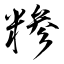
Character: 糁